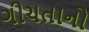
ગીચતાનો